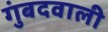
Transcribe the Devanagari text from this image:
गुंबदवाली